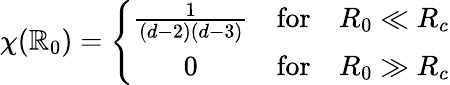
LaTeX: \chi(\mathbb{R}_{0})=\left\{ \begin{array}{ccc}{{\frac{1}{(d-2)(d-3)}}}&{{\mathrm{for}}}&{{R_{0}\ll R_{c}}}\\ {{0}}&{{\mathrm{for}}}&{{R_{0}\gg R_{c}}}\end{array}\right.